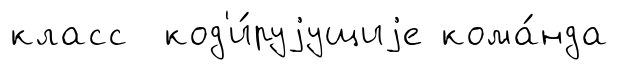
класс код'и́руjущиjе кома́нда